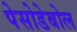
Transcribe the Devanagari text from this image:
पेसोडेबोल